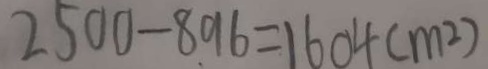
2 5 0 0 - 8 9 6 = 1 6 0 4 ( m ^ { 2 } )